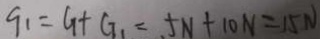
q _ { 1 } = G + G _ { 1 } = 5 N + 1 0 N = 1 5 N